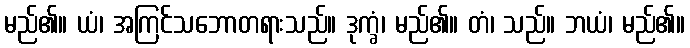
မည်၏။ ယံ၊ အကြင်သဘောတရားသည်။ ဒုက္ခံ၊ မည်၏။ တံ၊ သည်။ ဘယံ၊ မည်၏။